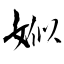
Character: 娰